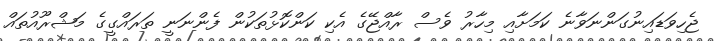
ޖެހިވަޑައިނުގަންނަވާނެ ކަމަށާއި މިހާރު ވެސް ރާއްޖޭގެ އެކި ކަންކޮޅުތަކުން ފެންނަނީ ތަރައްގީގެ މަޝްރޫއުތައް